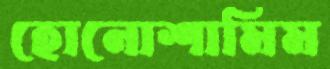
হোনোশামিম